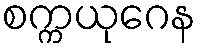
စက္ကယုဂေန